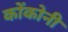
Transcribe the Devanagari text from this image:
कोंकोनी